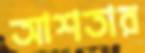
আশতার